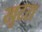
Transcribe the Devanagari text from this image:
खुटरा